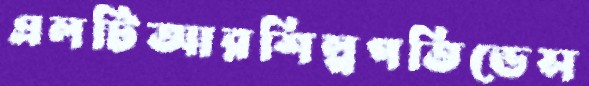
এলটিআরশিল্পপতিডেস